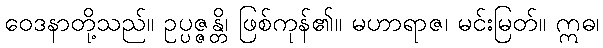
ဝေဒနာတို့သည်။ ဥပ္ပဇ္ဇန္တိ၊ ဖြစ်ကုန်၏။ မဟာရာဇ၊ မင်းမြတ်။ ဣဓ၊